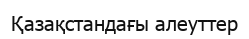
Қазақстандағы алеуттер